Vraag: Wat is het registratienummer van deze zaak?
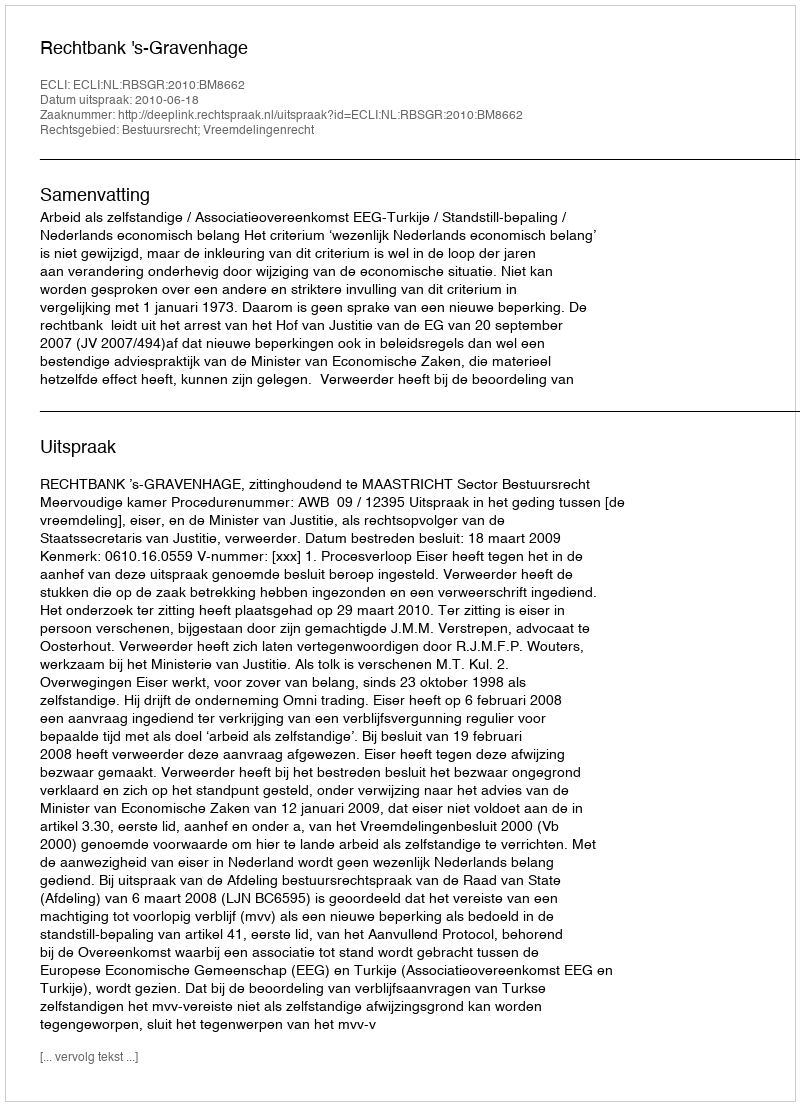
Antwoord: http://deeplink.rechtspraak.nl/uitspraak?id=ECLI:NL:RBSGR:2010:BM8662